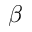
\beta